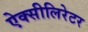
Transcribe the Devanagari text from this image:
ऐक्सीलिरेटर